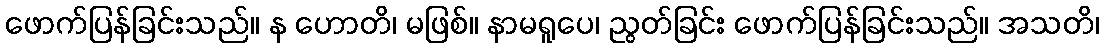
ဖောက်ပြန်ခြင်းသည်။ န ဟောတိ၊ မဖြစ်။ နာမရူပေ၊ ညွတ်ခြင်း ဖောက်ပြန်ခြင်းသည်။ အသတိ၊